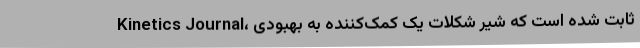
Kinetics Journal، ثابت شده است که شیر شکلات یک کمک‌کننده به بهبودی